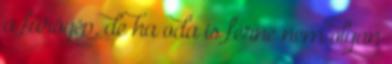
a fúrógép, de ha oda is férne nem olyan